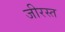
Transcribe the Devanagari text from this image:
जीरस्त